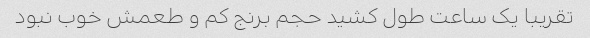
تقریبا یک ساعت طول کشید حجم برنج کم و طعمش خوب نبود